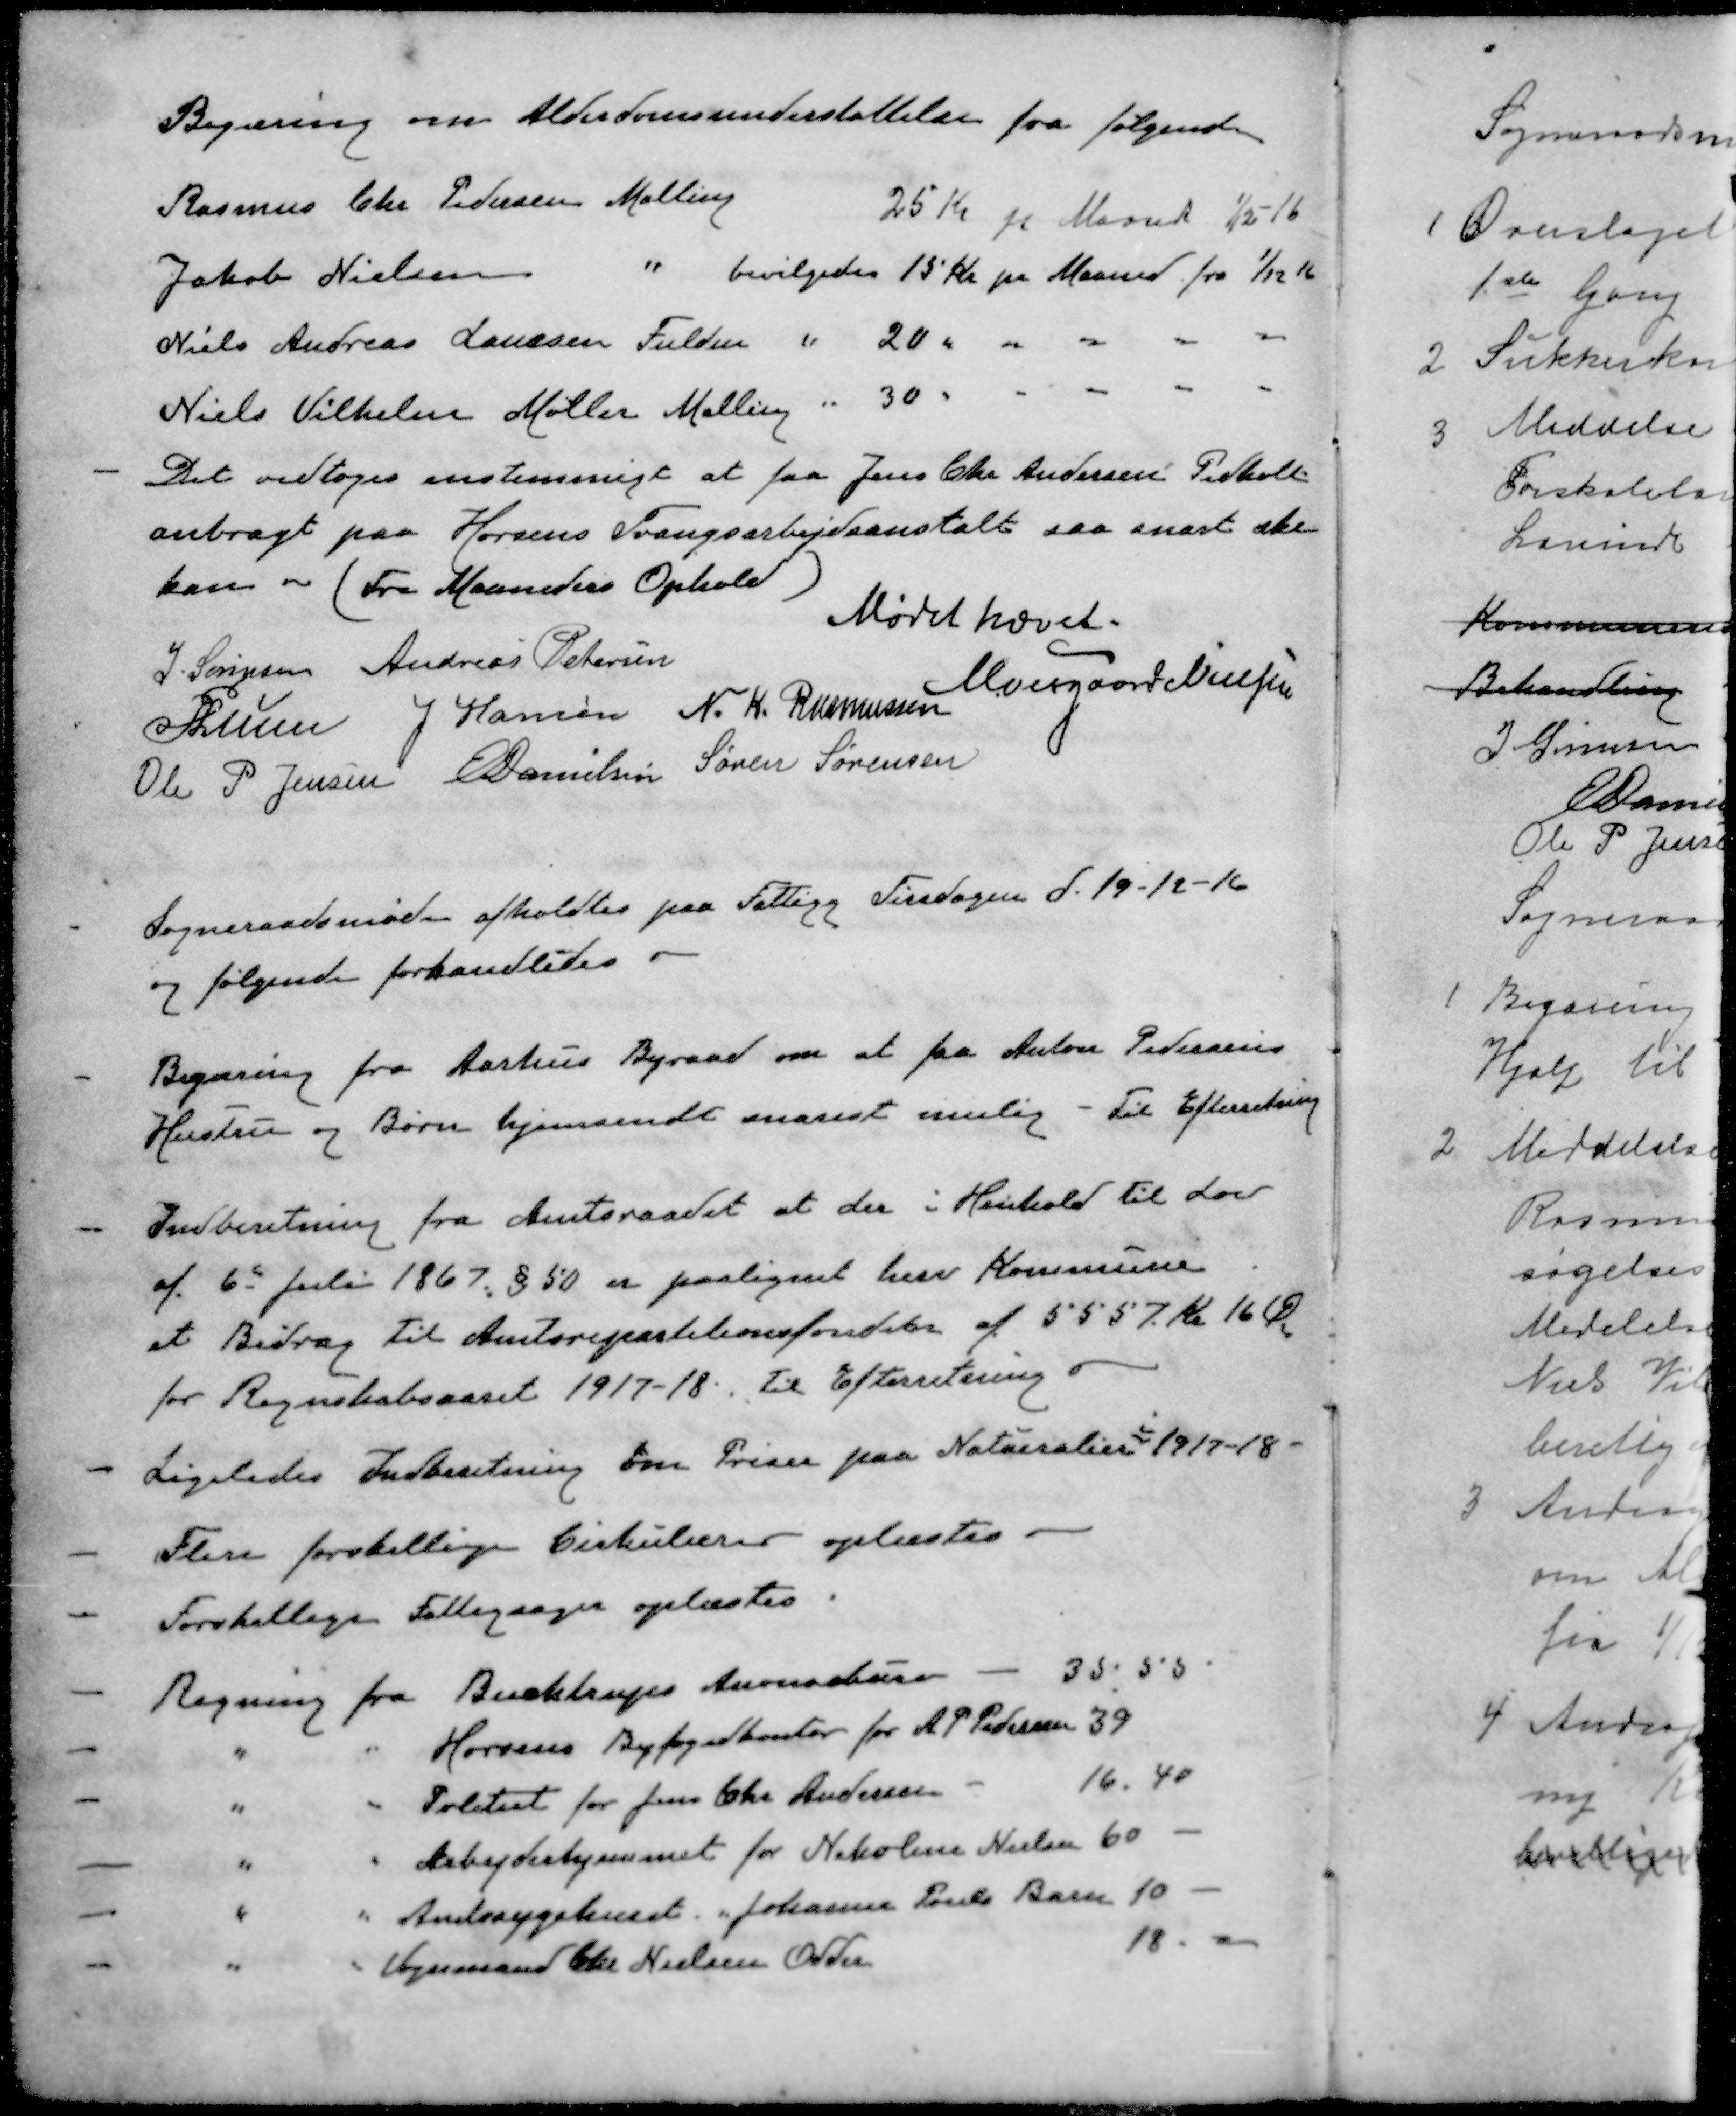
Transskription:
Begæring om Alderdomsunderstøttelse fra følgende
Rasmus Chr. Pedersen Malling 25 Kr pr Maaned 1/12-16
Jakob Nielsen " bevilgedes 15 Kr pr Maaned fra 1/12 16
Niels Andreas Laursen Fulden " 20 " " " " "
Niels Vilhelm Møller Malling " 30 " " " " "
Det vedtoges enstemmigt at faa Jens Chr Andersen Pedholt
anbragt paa Horsens Tvangsarbejdsanstalt saa snart ske
kan - (Fra Maanedens Ophold)
Mødet hævet.
J. Sørensen
Andreas Petersen
Moesgaard Nielsen
P Lunn
J Hansen
N. K. Rasmussen
Ole P Jensen
E Danielsen
Søren Sørensen
Sogneraadsmøde afholdtes paa Fattigg Tirsdagen d. 19-12-16
og følgende forhandledes.
- Begæring fra Aarhus Byraad om at faa Anton Pedersens
Hustru og Børn hjemsendt snarest mulig - Til Efterretning
- Indberetning fra Amtsraadet at der i Henhold til Lov
af 6te Juli 1867 § 50 er paalignet herv Kommune
et Bidrag til Amtsrepartitionsfonden af 5557 Kr 16 Øre
for Regnskabsaaret 1917-18. Til Efterretning.
i
- Ligeledes Indberetning om Priser paa Naturalier 1917-18.
- Flere forskellige Cirkulærer oplæstes 
- Forskellige Fattigsager oplæstes
- Regning fra Buchtrups Anonsebure - 35, 55
- " " Horsens Byfogedkontor for A P Pedersen 39
- " " Politiet for Jens Chr Andersen 16.40
- " " Arbejderhjemmet for Nikoline Nielsen 60 -
- " " Amtssygehuset. Johanne Pouls Barn 10
- " " Vognmand Chr Nielsen Odder 10.